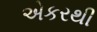
એકરથી